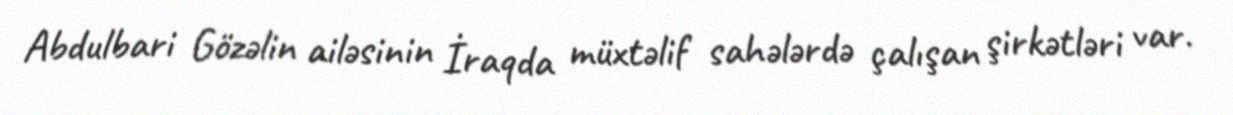
Abdulbari Gözəlin ailəsinin İraqda müxtəlif sahələrdə çalışan şirkətləri var.